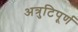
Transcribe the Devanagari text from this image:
अत्रुटिपूर्ण